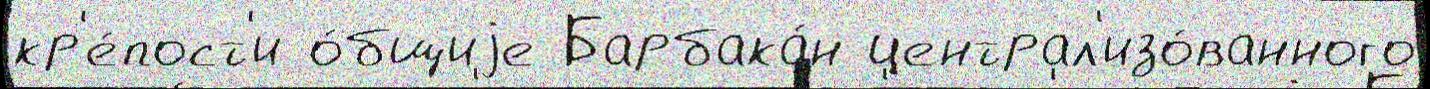
кр'е́пост'и о́бщиjе Барбака́н централ'изо́ванного